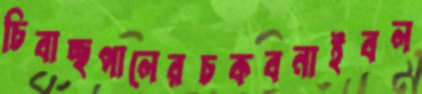
চিবাচ্ছপালেরচকবনাইবল